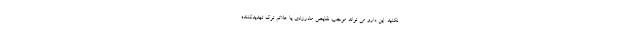
نکنید. این دارو می تواند موجب نقایص مادرزادی یا علائم ترک تهدیدکننده